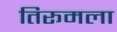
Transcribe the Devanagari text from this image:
तिरूमला